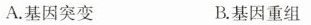
A.基因突变 B.基因重组